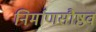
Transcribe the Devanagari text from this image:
निर्माणसौष्ठव